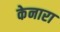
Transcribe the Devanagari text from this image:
केनारा